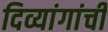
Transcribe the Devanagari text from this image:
दिव्यांगांची